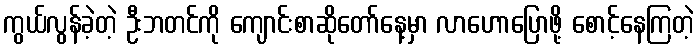
ကွယ်လွန်ခဲ့တဲ့ ဦးဘတင်ကို ကျောင်းစာဆိုတော်နေ့မှာ လာဟောပြောဖို့ စောင့်နေကြတဲ့